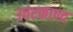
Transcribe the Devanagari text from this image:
उत्तरकाण्द